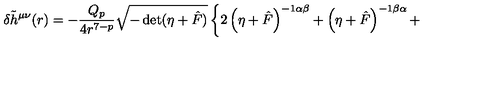
\delta { \tilde { h } } ^ { \mu \nu } ( r ) = - \frac { Q _ { p } } { 4 r ^ { 7 - p } } \sqrt { - \det ( \eta + { \hat { F } } ) } \left\{ 2 \left( \eta + \hat { F } \right) ^ { - 1 \alpha \beta } + \left( \eta + \hat { F } \right) ^ { - 1 \beta \alpha } + \right.